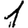
Digit: 1